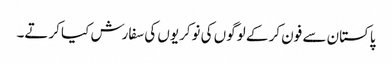
پاکستان سے فون کر کے لوگوں کی نوکریوں کی سفارش کیا کرتے۔